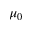
\mu _ { 0 }